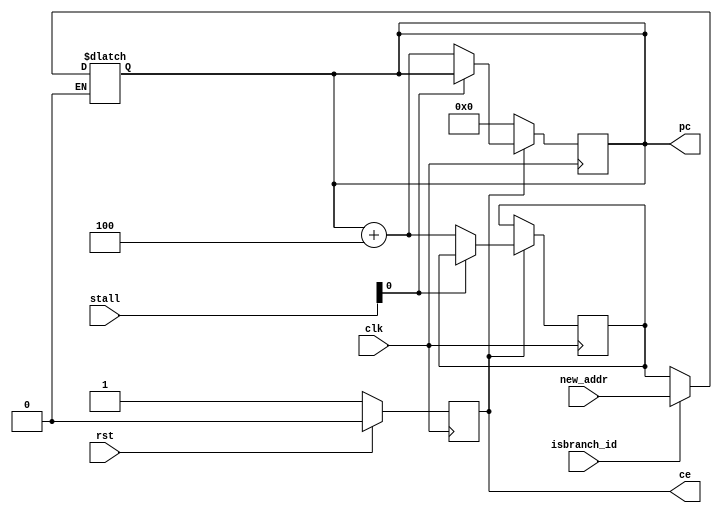
`timescale 1ns / 1ps
//////////////////////////////////////////////////////////////////////////////////
// Company: 
// Engineer: 
// 
// Design Name: 
// Module Name: pc_reg
// Project Name: 
// Target Devices: 
// Tool Versions: 
// Description: 
// 
// Dependencies: 
// 
// Revision:
// Revision 0.01 - File Created
// Additional Comments:
// 
//////////////////////////////////////////////////////////////////////////////////


module pc_reg(
    input wire rst,
    input wire clk,
    
    input wire [5:0] stall,
    input wire isbranch_id,
    input wire [31:0] new_addr,
    
    output reg [31:0] pc,
    output reg ce
    );
    
    reg [31:0] pc_saved;
    
    always @ (posedge clk)
    	ce <= (rst == 1'b1) ? 1'b0 : 1'b1;
    
    always @ (posedge clk)
    begin
    	if (ce == 1'b0)
    		pc <= 32'h00000000;
    	else if (stall[0] == 1'b0)
    	begin
    		pc <= pc + 4'h4;
    		pc_saved <= pc + 4'h4;
    	end
    end
    
    always @ (*)
    begin
    	if(isbranch_id == 1'b1)
    		pc = new_addr;
    	else if (isbranch_id == 1'b0)
    		pc = pc_saved;
    end
endmodule